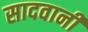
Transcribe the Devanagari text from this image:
सादवानी